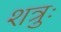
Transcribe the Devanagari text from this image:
शत्रुः